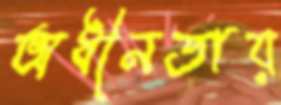
অধীনতায়